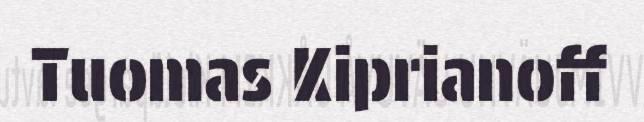
Tuomas Kiprianoff